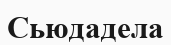
Сьюдадела